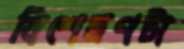
বিশেষণটা